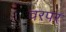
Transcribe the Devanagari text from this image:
वरपर